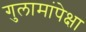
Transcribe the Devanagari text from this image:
गुलामांपेक्षा